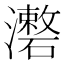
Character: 𤃏